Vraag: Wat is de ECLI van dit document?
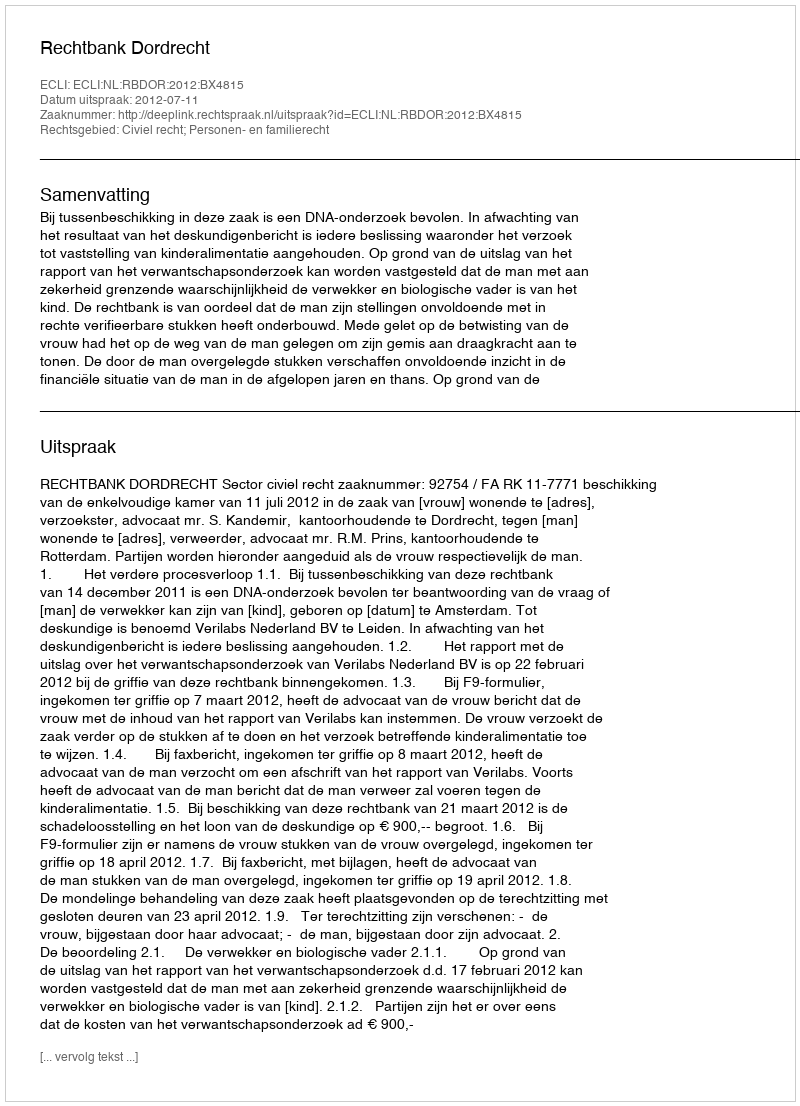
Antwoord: ECLI:NL:RBDOR:2012:BX4815